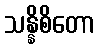
သန္နိစိတော